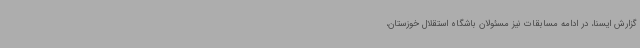
گزارش ایسنا، در ادامه مسابقات نیز مسئولان باشگاه استقلال خوزستان،